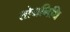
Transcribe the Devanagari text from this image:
तोयनिधि